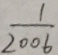
\frac { 1 } { 2 0 0 6 }